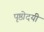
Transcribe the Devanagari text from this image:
पृष्ठोदयी